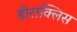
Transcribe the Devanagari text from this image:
हीराक्लिस